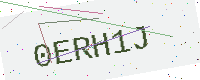
Text: 0ERH1J